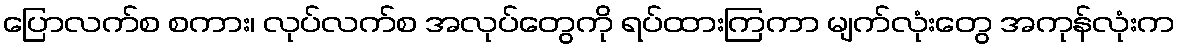
ပြောလက်စ စကား၊ လုပ်လက်စ အလုပ်တွေကို ရပ်ထားကြကာ မျက်လုံးတွေ အကုန်လုံးက